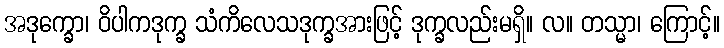
အဒုက္ခော၊ ဝိပါကဒုက္ခ သံကိလေသဒုက္ခအားဖြင့် ဒုက္ခလည်းမရှိ။ လ။ တသ္မာ၊ ကြောင့်။